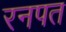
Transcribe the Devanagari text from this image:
रनपत